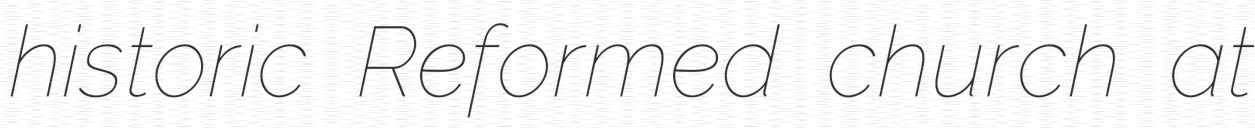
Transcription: historic Reformed church at